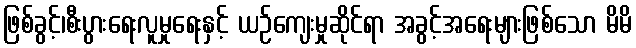
ဖြစ်ခွင့်၊စီးပွားရေးလူမှုရေးနှင့် ယဉ်ကျေးမှုဆိုင်ရာ အခွင့်အရေးများဖြစ်သော မိမိ